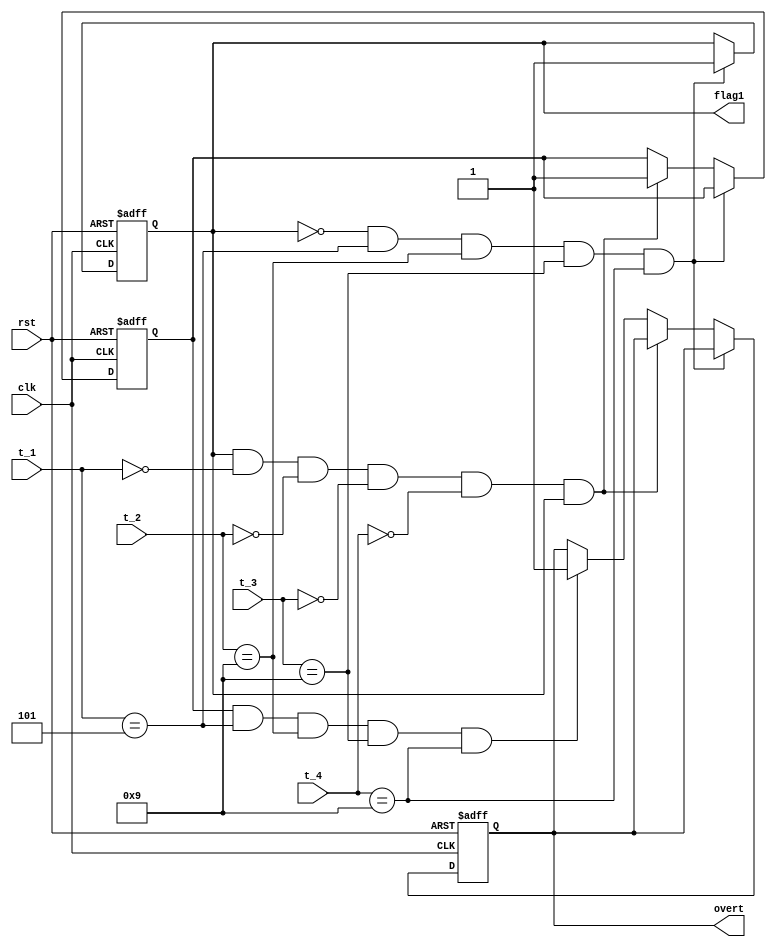
`timescale 1ns / 1ps
module led(
    input clk,rst,
    input [3:0]t_1,t_2,t_3,t_4,
    output reg overt,flag1);
    reg min_1;
    always @(posedge clk or negedge rst)
    begin
        // 
        if(~rst)
            begin
                flag1 <= 1'b0; // 59:99 1led
                overt <= 1'b0; // 1:59:99 8led
                min_1 <= 1'b0; // 1min
            end
        // 59:99
        else if(flag1 != 1'b1 &&
                t_1 == 3'd5 && t_2 == 4'd9 && t_3 == 4'd9 && t_4 == 4'd9)
                   flag1 <= 1'b1;
        // 1:00:00
        else if(flag1 == 1'b1 &&
            	t_1 == 3'd0&&t_2 == 4'd0&&t_3 == 4'd0&&t_4 == 4'd0&&flag1 == 1'b1)
           			min_1=1; 
        // 1:59:99
        else if(min_1 == 1'b1 &&
                t_1 == 3'd5 && t_2 == 4'd9 && t_3 == 4'd9 && t_4 == 4'd9)
            		overt <= 7'b111_1111;
    end   
endmodule